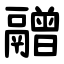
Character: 䰝